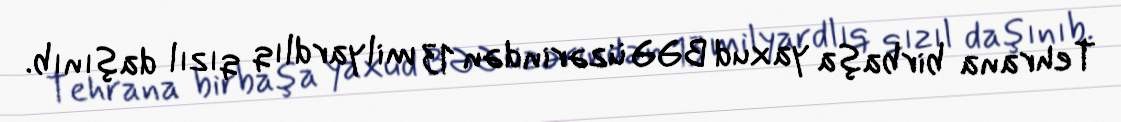
Tehrana birbaşa yaxud BƏƏ üzərindən 13 milyardlıq qızıl daşınıb.